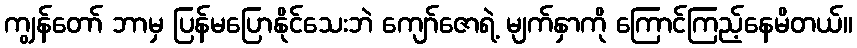
ကျွန်တော် ဘာမှ ပြန်မပြောနိုင်သေးဘဲ ကျော်ဇောရဲ့ မျက်နှာကို ကြောင်ကြည့်နေမိတယ်။